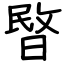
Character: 暋